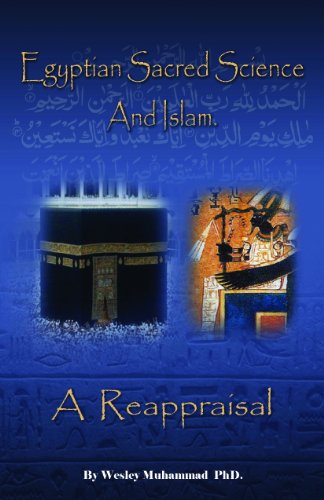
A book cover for Egyptian Sacred Science and Islam: A Reappraisal; Dr. Wesley Muhammad; Religion & Spirituality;